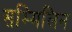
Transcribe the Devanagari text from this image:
सम्मिलिन